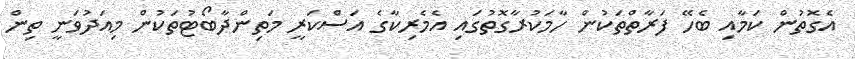
އެގޮތުން ކަމާއި ބެހޭ ފަރާތްތަކުން ހާމަކުރާގޮތުގައި އެމެރިކާގެ އަސްކަރީ މަތިންދާބޯޓުތަކުން މިއަދުވަނީ ތިން